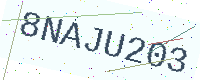
Text: 8NAJU203